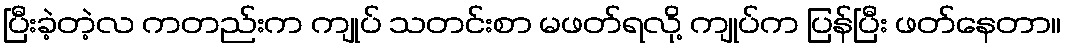
ပြီးခဲ့တဲ့လ ကတည်းက ကျုပ် သတင်းစာ မဖတ်ရလို့ ကျုပ်က ပြန်ပြီး ဖတ်နေတာ။